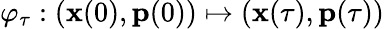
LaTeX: \varphi_{\tau}:(\mathbf{x}(0),\mathbf{p}(0))\mapsto(\mathbf{x}(\tau),\mathbf{p}(\tau))